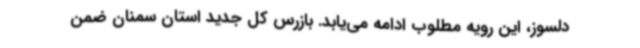
دلسوز، این رویه مطلوب ادامه می‌یابد. بازرس کل جدید استان سمنان ضمن